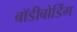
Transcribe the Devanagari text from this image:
बॉडीबोर्डिंग